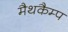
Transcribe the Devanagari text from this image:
मैथकैम्प